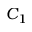
C _ { 1 }